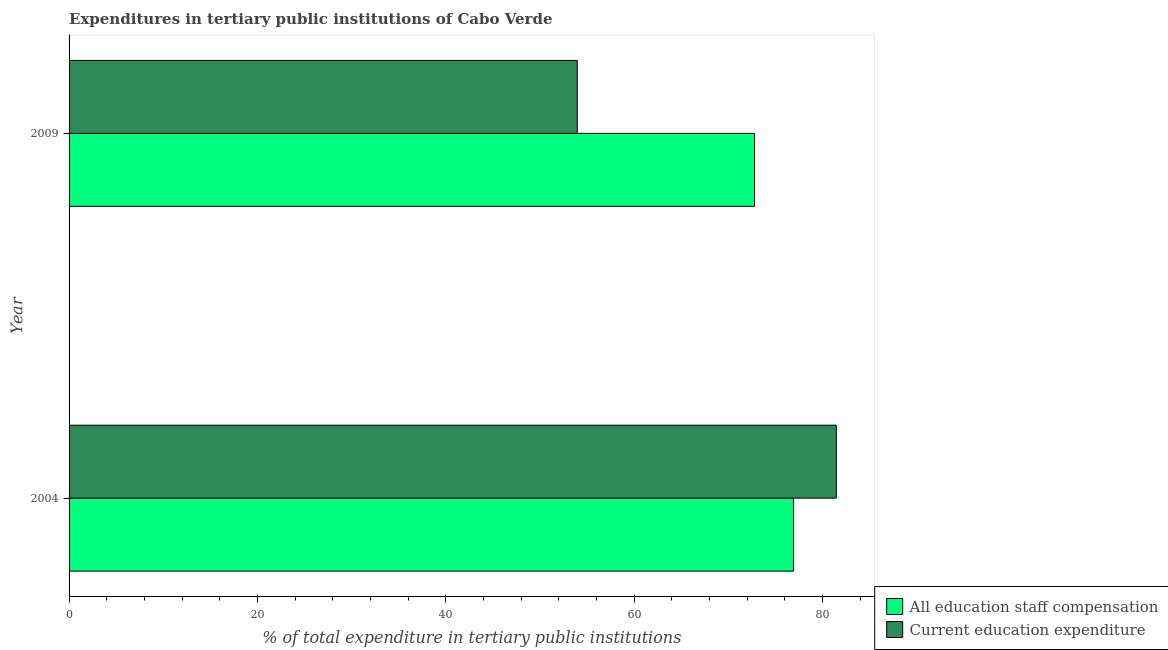
| Year | All education staff compensation | Current education expenditure |
 | --- | --- | --- |
 | 2004 | 76.9 | 81.5 |
 | 2009 | 72.8 | 54 |